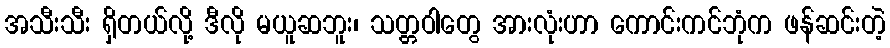
အသီးသီး ရှိတယ်လို့ ဒီလို မယူဆဘူး၊ သတ္တဝါတွေ အားလုံးဟာ ကောင်းကင်ဘုံက ဖန်ဆင်းတဲ့